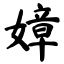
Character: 嫜